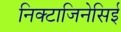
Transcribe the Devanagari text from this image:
निक्टाजिनेसिई